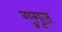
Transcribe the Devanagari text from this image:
गुगुल